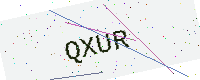
Text: QXUR